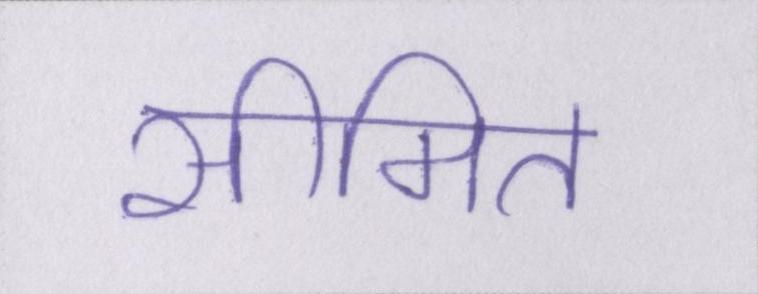
सीमित